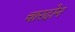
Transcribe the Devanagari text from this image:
चारदोन